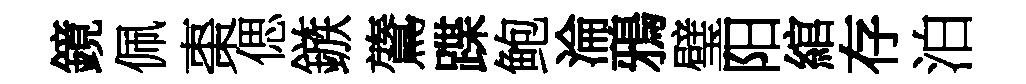
鏡佩棗偲鏃鷟蹀鲍淪鴉璧阳綰存泊